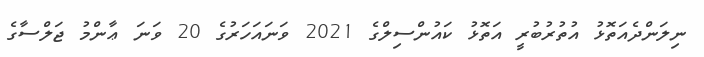
ނިލަންދެއަތޮޅު އުތުރުބުރީ އަތޮޅު ކައުންސިލްގެ 2021 ވަނައަހަރުގެ 20 ވަނަ ޢާންމު ޖަލްސާގެ